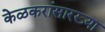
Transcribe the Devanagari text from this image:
केळकरांसारख्या